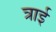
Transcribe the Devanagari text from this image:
त्राई